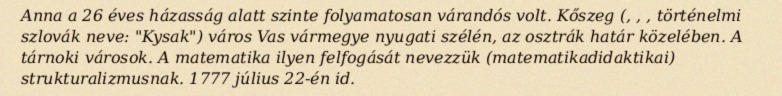
Anna a 26 éves házasság alatt szinte folyamatosan várandós volt. Kőszeg (, , , történelmi szlovák neve: "Kysak") város Vas vármegye nyugati szélén, az osztrák határ közelében. A tárnoki városok. A matematika ilyen felfogását nevezzük (matematikadidaktikai) strukturalizmusnak. 1777 július 22-én id.